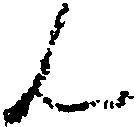
ん